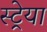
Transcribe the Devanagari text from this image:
स्ट्रेया